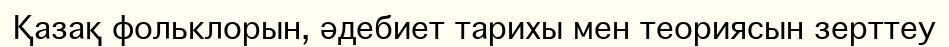
Қазақ фольклорын, әдебиет тарихы мен теориясын зерттеу